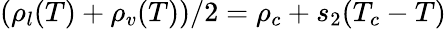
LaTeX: (\rho_{l}(T)+\rho_{v}(T))/2=\rho_{c}+s_{2}(T_{c}-T)